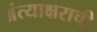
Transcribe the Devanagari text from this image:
अंत्याक्षराची